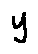
y